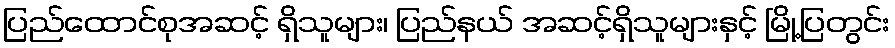
ပြည်ထောင်စုအဆင့် ရှိသူများ၊ ပြည်နယ် အဆင့်ရှိသူများနှင့် မြို့ပြတွင်း